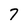
Character: 7